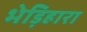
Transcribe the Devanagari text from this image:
भेड़िहारा